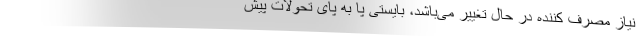
نیاز مصرف کننده در حال تغییر می‌باشد، بایستی پا به پای تحولات پیش